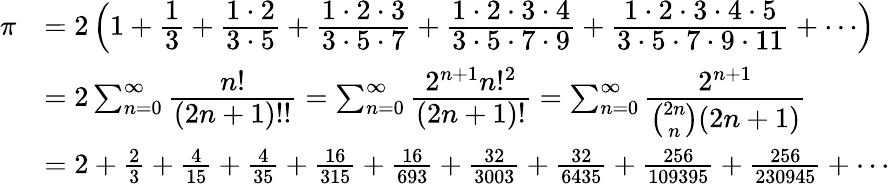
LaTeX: {\begin{array}{rl}{\pi}&{=2\left(1+{\cfrac{1}{3}}+{\cfrac{1\cdot 2}{3\cdot 5}}+{\cfrac{1\cdot 2\cdot 3}{3\cdot 5\cdot 7}}+{\cfrac{1\cdot 2\cdot 3\cdot 4}{3\cdot 5\cdot 7\cdot 9}}+{\cfrac{1\cdot 2\cdot 3\cdot 4\cdot 5}{3\cdot 5\cdot 7\cdot 9\cdot 11}}+\cdots\right)}\\ &{=2\sum_{n=0}^{\infty}{\cfrac{n!}{(2n+1)!!}}=\sum_{n=0}^{\infty}{\cfrac{2^{n+1}n!^{2}}{(2n+1)!}}=\sum_{n=0}^{\infty}{\cfrac{2^{n+1}}{{\binom{2n}{n}}(2n+1)}}}\\ &{=2+{\frac{2}{3}}+{\frac{4}{15}}+{\frac{4}{35}}+{\frac{16}{315}}+{\frac{16}{693}}+{\frac{32}{3003}}+{\frac{32}{6435}}+{\frac{256}{109395}}+{\frac{256}{230945}}+\cdots}\end{array}}